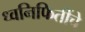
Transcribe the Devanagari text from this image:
ध्वनिफितींचे